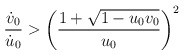
\begin{align*}\frac{\dot v_0}{\dot u_0}>\left( \frac{1+\sqrt{1-u_0v_0}}{u_0}\right) ^2\end{align*}